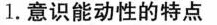
1.意识能动性的特点